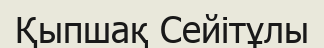
Қыпшақ Сейітұлы